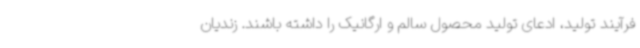
فرآیند تولید، ادعای تولید محصول سالم و ارگانیک را داشته باشند. زندیان